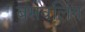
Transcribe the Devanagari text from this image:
बसवलिंग